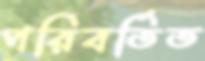
পরিবর্তিত